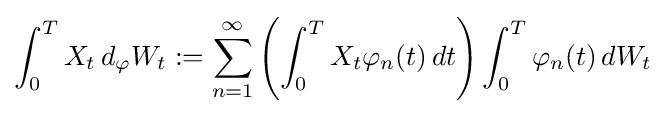
\int _{0}^{T}X_{t}\,d_{\varphi }W_{t}:=\sum _{n=1}^{\infty }\left(\int _{0}^{T}X_{t}\varphi _{n}(t)\,dt\right)\int _{0}^{T}\varphi _{n}(t)\,dW_{t}